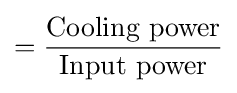
={\frac {\text{Cooling power}}{\text{Input power}}}